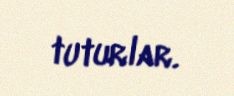
tuturlar.